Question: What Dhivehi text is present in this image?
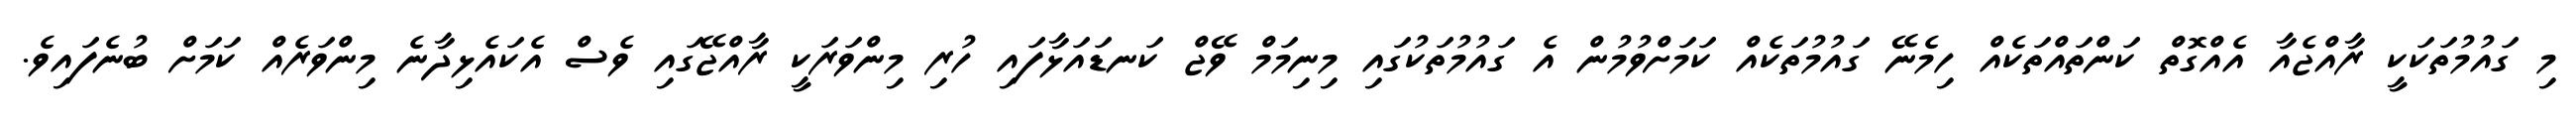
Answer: މި ގައުމުތަކަކީ ރާއްޖެއާ އެއްގޮތް ކަންތައްތަކެއް ހިމެނޭ ގައުމުތަކެއް ކަމަށްވުމުން އެ ގައުމުތަކުގައި މިނިމަމް ވޭޖް ކަނޑައަޅާފައި ހުރި މިންވަރަކީ ރާއްޖޭގައި ވެސް އެކައެޅިދާނެ މިންވަރެއް ކަމަށް ބުނެފައިވެ.